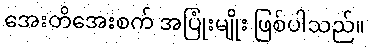
အေးတိအေးစက် အပြုံးမျိုး ဖြစ်ပါသည်။